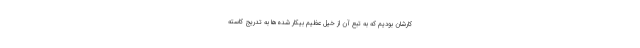
کارشان بودیم که به تبع آن از خیل عظیم بیکار شده‌ها به تدریج کاسته